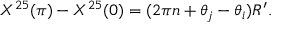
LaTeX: X ^ { 2 5 } ( \pi ) - X ^ { 2 5 } ( 0 ) = ( 2 \pi n + \theta _ { j } - \theta _ { i } ) R ^ { \prime } .